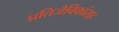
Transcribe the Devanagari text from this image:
प्रतिजैविकांसह